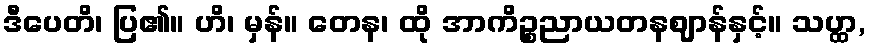
ဒီပေတိ၊ ပြ၏။ ဟိ၊ မှန်။ တေန၊ ထို အာကိဉ္စညာယတနဈာန်နှင့်။ သဟ္ထ,